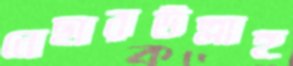
নেছারউল্লাহ